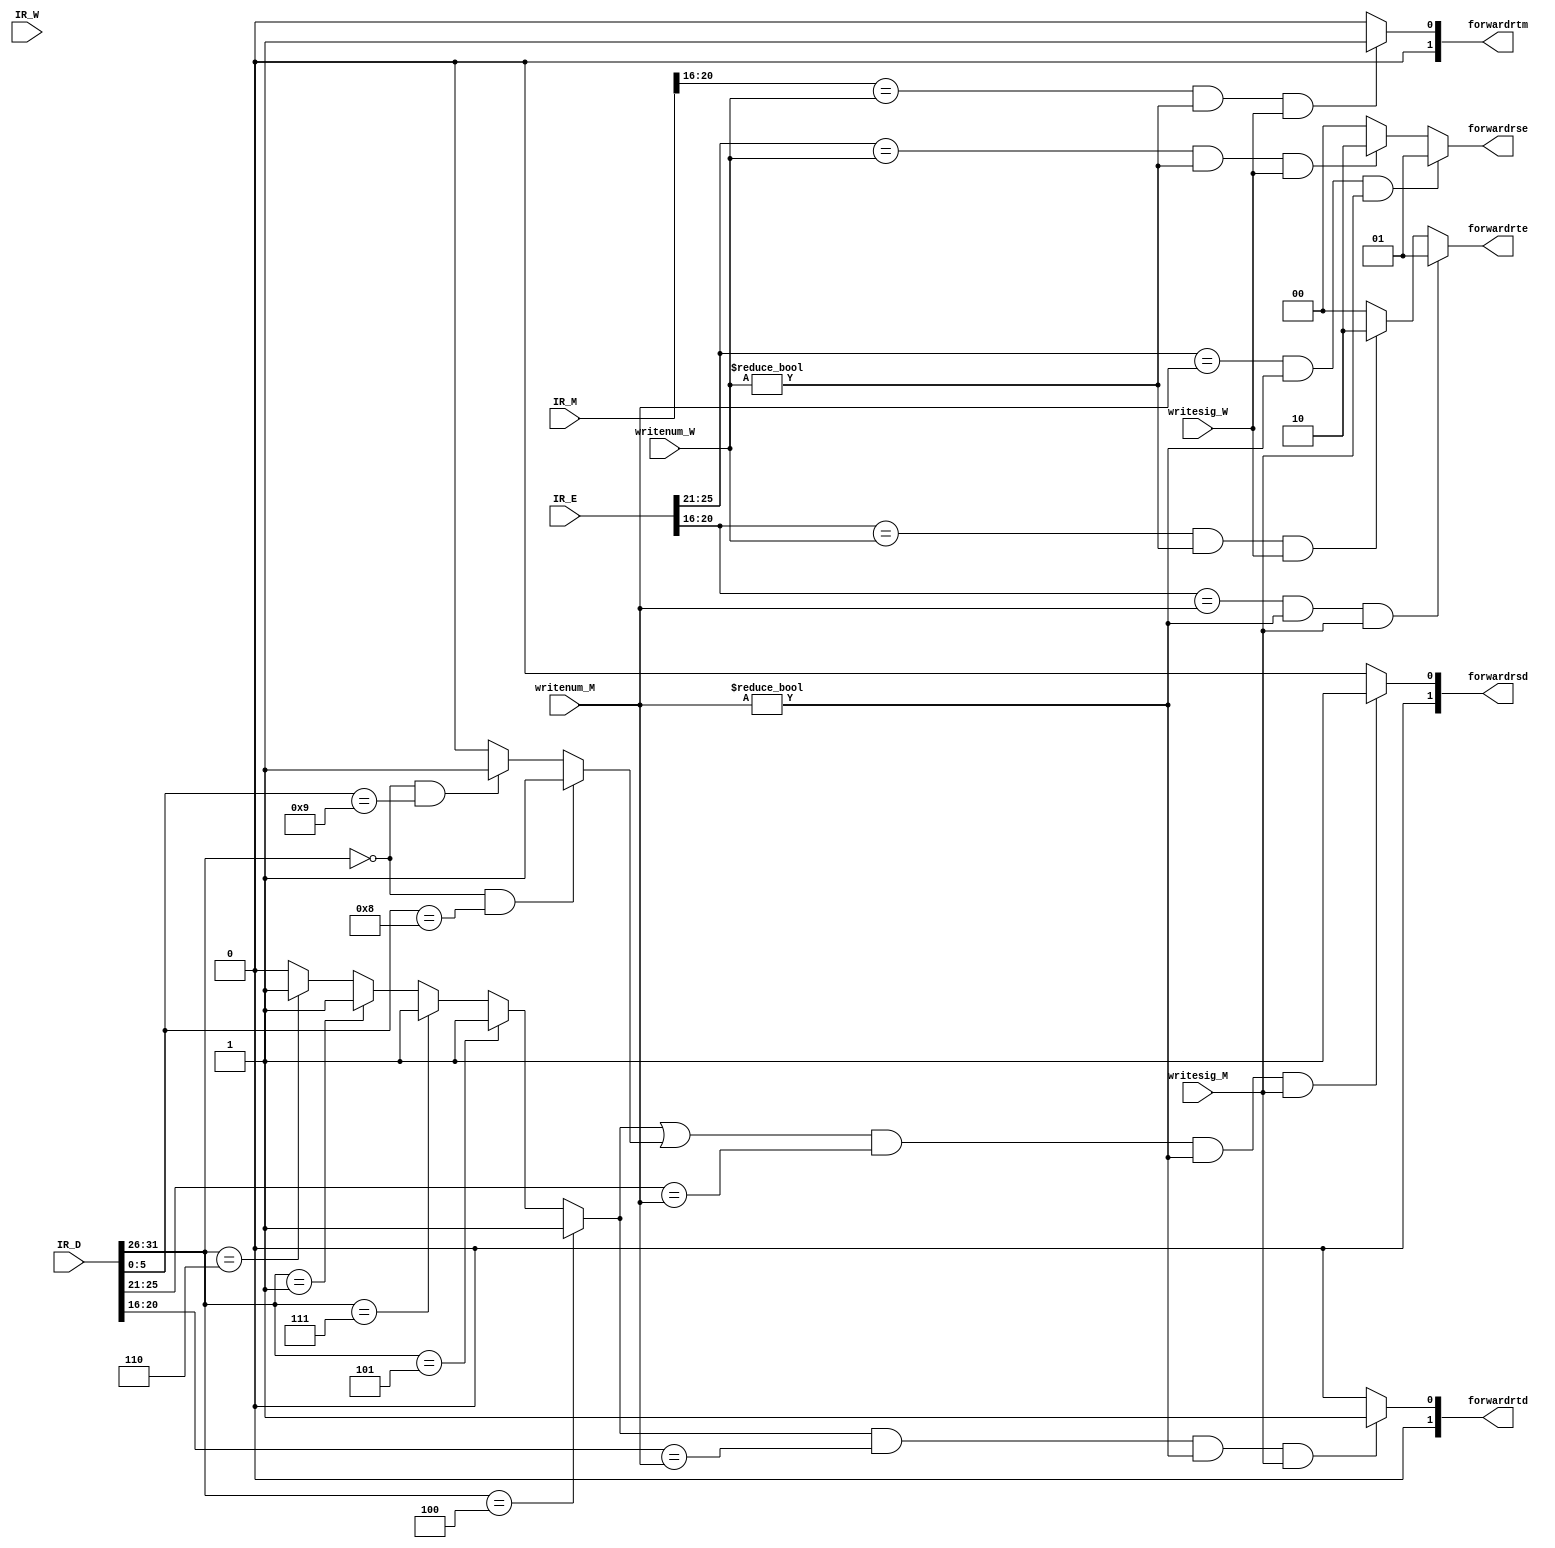
`timescale 1ns / 1ps
//////////////////////////////////////////////////////////////////////////////////
// D:Branch Jr                  M(R,I,link)2D  
//	E:R I Sw Lw                  M(R,I,Link)2E W(lw,R,I,Link,Lw)2E
// M:sw(rt)                     W(lw)2M(sw)
//////////////////////////////////////////////////////////////////////////////////
module FORWARDctrl(IR_D,IR_E,IR_M,IR_W,forwardrsd,forwardrtd,forwardrse,forwardrte,forwardrtm,writesig_M,writesig_W,writenum_M,writenum_W);
	input [31:0] IR_D,IR_E,IR_M,IR_W;
	input writesig_M,writesig_W;
	input [4:0] writenum_M,writenum_W;
	output reg [1:0] forwardrsd,forwardrtd,forwardrse,forwardrte,forwardrtm;
   assign IfB=(IR_D[31:26]==6'b000100)? 1 : 	//beq
				  (IR_D[31:26]==6'b000101)? 1 :	//bne
				  (IR_D[31:26]==6'b000111)? 1 :	//bgtz
				  (IR_D[31:26]==6'b000001)? 1 :	//bgezal
				  (IR_D[31:26]==6'b000110)? 1 :	//blez
				  (IR_D[31:26]==6'b000001)? 1 :	//bltz and bgez
					0 ;
	assign IfJr=((IR_D[31:26]==6'b000000)&(IR_D[5:0]==6'b001000))?1://jr
					((IR_D[31:26]==6'b000000)&(IR_D[5:0]==6'b001001))?1://jalr
					0;
//forward signal:
	initial
		begin
			forwardrsd=2'b00;
			forwardrtd=2'b00;
			forwardrse=2'b00;
			forwardrte=2'b00;
			forwardrtm=2'b00;
		end
	always @(*)
		begin
		    forwardrsd=(IfB|IfJr)&(IR_D[25:21]==writenum_M)&(writenum_M!=5'b00000)&writesig_M? 2'b01:			
							2'b00;
							
		    forwardrtd=IfB    &   (IR_D[20:16]==writenum_M)&(writenum_M!=5'b00000)&writesig_M? 2'b01:			
							2'b00;
							
		   // forwardrse=(cal_r_E | cal_i_E | lw_E | sw_E )&cal_r_M&(IR_E[25:21]==IR_M[15:11])&(IR_M[15:11]!=5'b00000)?2'b01:
			//				(cal_r_E | cal_i_E | lw_E | sw_E )&cal_i_M&(IR_E[25:21]==IR_M[20:16])&(IR_M[20:16]!=5'b00000)?2'b01:
				//			(cal_r_E | cal_i_E | lw_E | sw_E )&(Jal_M|Bgezal_M|Jalr_M)  &(IR_E[25:21]==5'b11111)?     		 2'b11:
				//			(cal_r_E | cal_i_E | lw_E | sw_E )&cal_r_W&(IR_E[25:21]==IR_W[15:11])&(IR_W[15:11]!=5'b00000)?2'b10:
					//		(cal_r_E | cal_i_E | lw_E | sw_E )&cal_i_W&(IR_E[25:21]==IR_W[20:16])&(IR_W[20:16]!=5'b00000)?2'b10:
					//		(cal_r_E | cal_i_E | lw_E | sw_E )&lw_W   &(IR_E[25:21]==IR_W[20:16])&(IR_W[20:16]!=5'b00000)?2'b10:
				//			(cal_r_E | cal_i_E | lw_E | sw_E )&(Jal_M|Bgezal_M|Jalr_M)  &(IR_E[25:21]==5'b11111)?             2'b10:
					//		2'b00;
			 forwardrse=(IR_E[25:21]==writenum_M)&(writenum_M!=5'b00000)&writesig_M?2'b01:
							(IR_E[25:21]==writenum_W)&(writenum_W!=5'b00000)&writesig_W?2'b10:
							2'b00;
		  //  forwardrte=(cal_r_E|sw_E)&cal_r_M&(IR_E[20:16]==IR_M[15:11])&(IR_M[15:11]!=5'b00000)?2'b01:
			//				(cal_r_E|sw_E)&cal_i_M&(IR_E[20:16]==IR_M[20:16])&(IR_M[20:16]!=5'b00000)?2'b01:
			//				(cal_r_E|sw_E)&(Jal_M|Bgezal_M|Jalr_M)  &(IR_E[20:16]==5'b11111)?                           2'b11:
			//				(cal_r_E|sw_E)&cal_r_W&(IR_E[20:16]==IR_W[15:11])&(IR_W[15:11]!=5'b00000)?2'b10:		
				//			(cal_r_E|sw_E)&cal_i_W&(IR_E[20:16]==IR_W[20:16])&(IR_W[20:16]!=5'b00000)?2'b10:
				//			(cal_r_E|sw_E)&lw_W   &(IR_E[20:16]==IR_W[20:16])&(IR_W[20:16]!=5'b00000)?2'b10:
				//			(cal_r_E|sw_E)&(Jal_M|Bgezal_M|Jalr_M)  &(IR_E[20:16]==5'b11111)?                           2'b10:		
				//			2'b00;
			 forwardrte=(IR_E[20:16]==writenum_M)&(writenum_M!=5'b00000)&writesig_M?2'b01:
							(IR_E[20:16]==writenum_W)&(writenum_W!=5'b00000)&writesig_W?2'b10:
							2'b00;			
			 //forwardrtm=sw_M   &lw_W	&(IR_M[20:16]==IR_W[20:16])&(IR_W[20:16]!=5'b00000)?2'b01:         
				//			2'b00;
			 forwardrtm=(IR_M[20:16]==writenum_W)&(writenum_W!=5'b00000)&writesig_W?2'b01:
							2'b00;
	end
endmodule